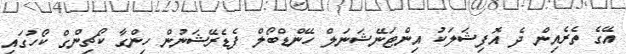
އޭގެ ތެރެއިން ދެ އޮފިޝަލަކު އިންޓަނޭޝަނަލް ހޭންޑްބޯލް ފެޑެރޭޝަނުން ހިންގާ ކޯޗިންގް ކޯހުގައި